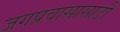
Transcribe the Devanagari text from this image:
जगप्रवासासाठी